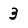
Character: 3